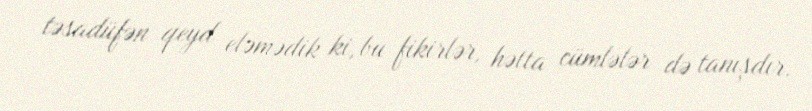
təsadüfən qeyd eləmədik ki, bu fikirlər, hətta cümlələr də tanışdır.